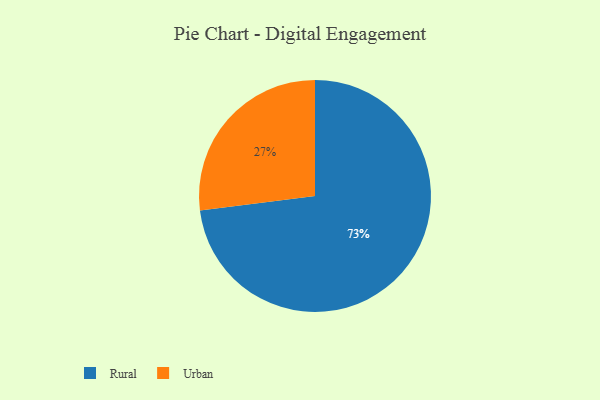
{"axis": {"x": "Category", "y": "Percentage"}, "legend": ["Rural", "Urban"], "data": [{"x": "Rural", "y": 73, "type": "Rural"}, {"x": "Urban", "y": 27, "type": "Urban"}]}